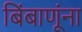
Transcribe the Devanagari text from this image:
बिंबाणूंना